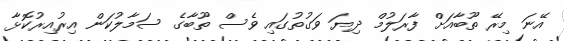
އޭނަަ މިރޭ ތޫބާއަށް ފާރަލުމް ދިޔަ ވަގުތުގައި ވެސް ތޫބާގެ ސަމާލުކަން އިރުއިރުކޮޅާ